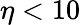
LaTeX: \eta<10